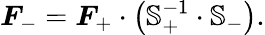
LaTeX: \boldsymbol{F}_{-}=\boldsymbol{F}_{+}\cdot\left(\mathbb{S}_{+}^{-1}\cdot\mathbb{S}_{-}\right).